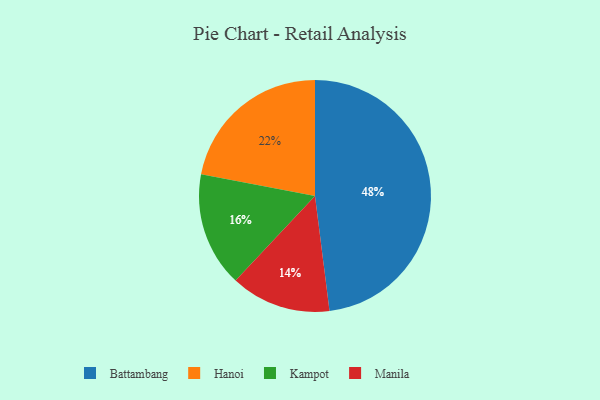
{"axis": {"x": "Category", "y": "Percentage"}, "legend": ["Battambang", "Hanoi", "Kampot", "Manila"], "data": [{"x": "Kampot", "y": 16, "type": "Kampot"}, {"x": "Hanoi", "y": 22, "type": "Hanoi"}, {"x": "Battambang", "y": 48, "type": "Battambang"}, {"x": "Manila", "y": 14, "type": "Manila"}]}